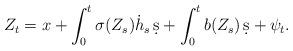
LaTeX: \begin{align*} Z_t=x+\int_0^t\sigma(Z_s)\dot{h}_s\,\d s+\int_0^tb(Z_s)\,\d s+\psi_t.\end{align*}